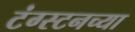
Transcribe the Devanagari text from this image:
टंग्स्टनच्या